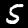
Digit: 5